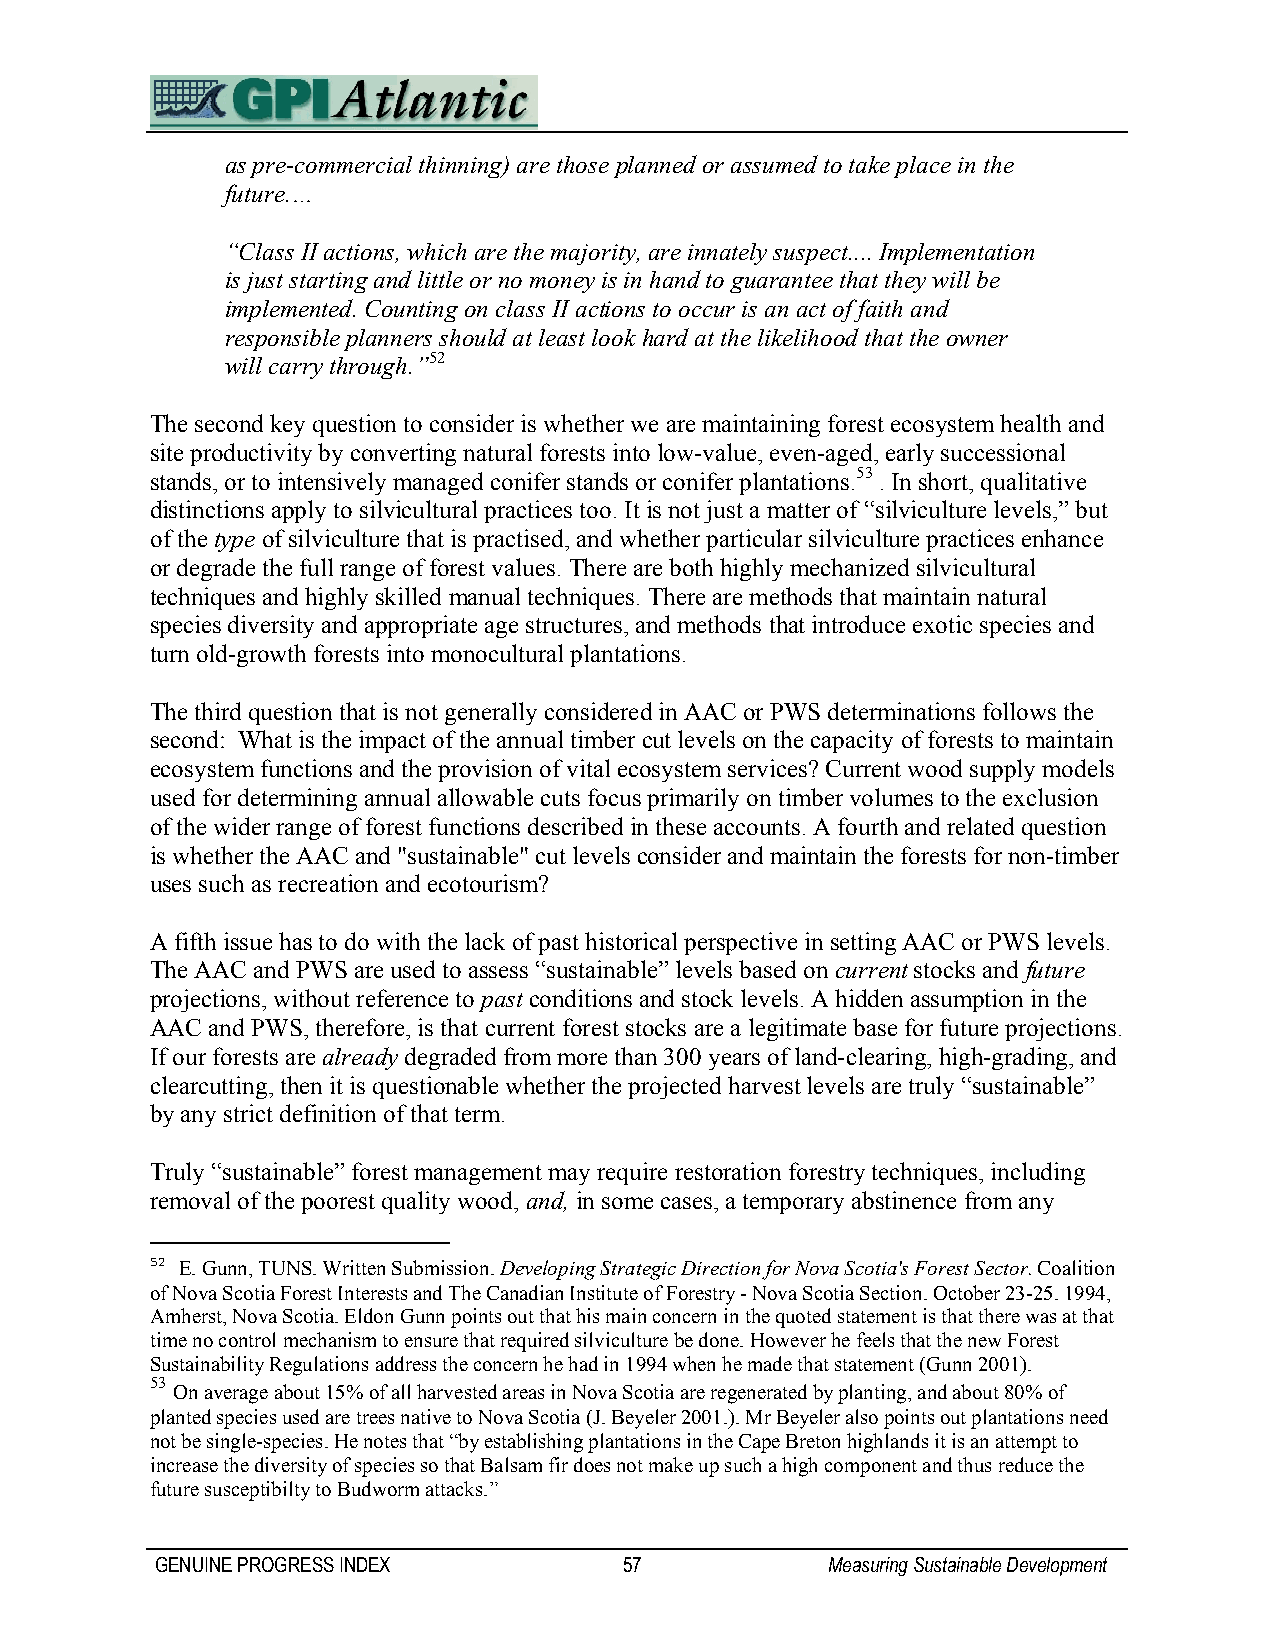
as pre-commercial thinning) are those planned or assumed to take place in the
 future.…
 “Class II actions, which are the majority, are innately suspect.... Implementation
 is just starting and little or no money is in hand to guarantee that they will be
 implemented. Counting on class II actions to occur is an act of faith and
 responsible planners should at least look hard at the likelihood that the owner
 will carry through.”52
 The second key question to consider is whether we are maintaining forest ecosystem health and
 site productivity by converting natural forests into low-value, even-aged, early successional
 stands, or to intensively managed conifer stands or conifer plantations.53 . In short, qualitative
 distinctions apply to silvicultural practices too. It is not just a matter of “silviculture levels,” but
 of the type of silviculture that is practised, and whether particular silviculture practices enhance
 or degrade the full range of forest values. There are both highly mechanized silvicultural
 techniques and highly skilled manual techniques. There are methods that maintain natural
 species diversity and appropriate age structures, and methods that introduce exotic species and
 turn old-growth forests into monocultural plantations.
 The third question that is not generally considered in AAC or PWS determinations follows the
 second: What is the impact of the annual timber cut levels on the capacity of forests to maintain
 ecosystem functions and the provision of vital ecosystem services? Current wood supply models
 used for determining annual allowable cuts focus primarily on timber volumes to the exclusion
 of the wider range of forest functions described in these accounts. A fourth and related question
 is whether the AAC and "sustainable" cut levels consider and maintain the forests for non-timber
 uses such as recreation and ecotourism?
 A fifth issue has to do with the lack of past historical perspective in setting AAC or PWS levels.
 The AAC and PWS are used to assess “sustainable” levels based on current stocks and future
 projections, without reference to past conditions and stock levels. A hidden assumption in the
 AAC and PWS, therefore, is that current forest stocks are a legitimate base for future projections.
 If our forests are already degraded from more than 300 years of land-clearing, high-grading, and
 clearcutting, then it is questionable whether the projected harvest levels are truly “sustainable”
 by any strict definition of that term.
 Truly “sustainable” forest management may require restoration forestry techniques, including
 removal of the poorest quality wood, and, in some cases, a temporary abstinence from any
 52 E. Gunn, TUNS. Written Submission. Developing Strategic Direction for Nova Scotia's Forest Sector. Coalition
 of Nova Scotia Forest Interests and The Canadian Institute of Forestry - Nova Scotia Section. October 23-25. 1994,
 Amherst, Nova Scotia. Eldon Gunn points out that his main concern in the quoted statement is that there was at that
 time no control mechanism to ensure that required silviculture be done. However he feels that the new Forest
 Sustainability Regulations address the concern he had in 1994 when he made that statement (Gunn 2001).
 53
 On average about 15% of all harvested areas in Nova Scotia are regenerated by planting, and about 80% of
 planted species used are trees native to Nova Scotia (J. Beyeler 2001.). Mr Beyeler also points out plantations need
 not be single-species. He notes that “by establishing plantations in the Cape Breton highlands it is an attempt to
 increase the diversity of species so that Balsam fir does not make up such a high component and thus reduce the
 future susceptibilty to Budworm attacks.”
 GENUINE PROGRESS INDEX         57            Measuring Sustainable Development